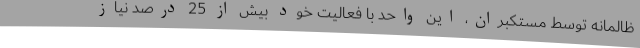
ظالمانه توسط مستکبران، این واحد با فعالیت خود بیش از 25 درصد نیاز